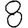
Digit: 8